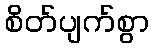
စိတ်ပျက်စွာ